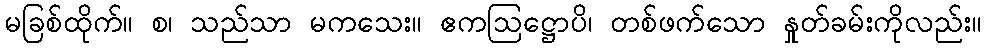
မခြစ်ထိုက်။ စ၊ သည်သာ မကသေး။ ဧကဩဋ္ဌောပိ၊ တစ်ဖက်သော နှုတ်ခမ်းကိုလည်း။